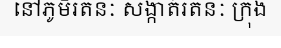
នៅភូមិរតនៈ សង្កាត់រតនៈ ក្រុង